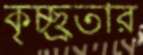
কৃচ্ছ্রতার